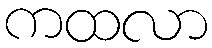
ကထလာ